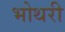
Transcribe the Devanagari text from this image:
भोथरी